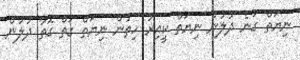
ނިޔަތް ގަނެ ދުލުން ނިޔަތް ކީއިރު ހިތުން ނިޔަތް ގަތް ގޮތާ ދުލުން